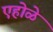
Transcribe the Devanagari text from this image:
एहोळे